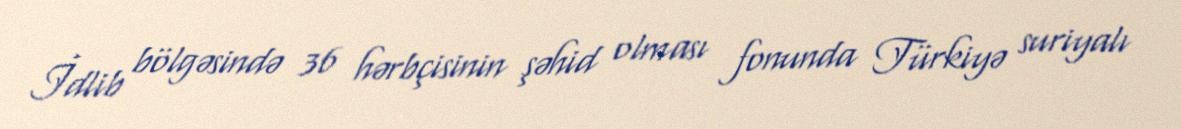
İdlib bölgəsində 36 hərbçisinin şəhid olması fonunda Türkiyə suriyalı